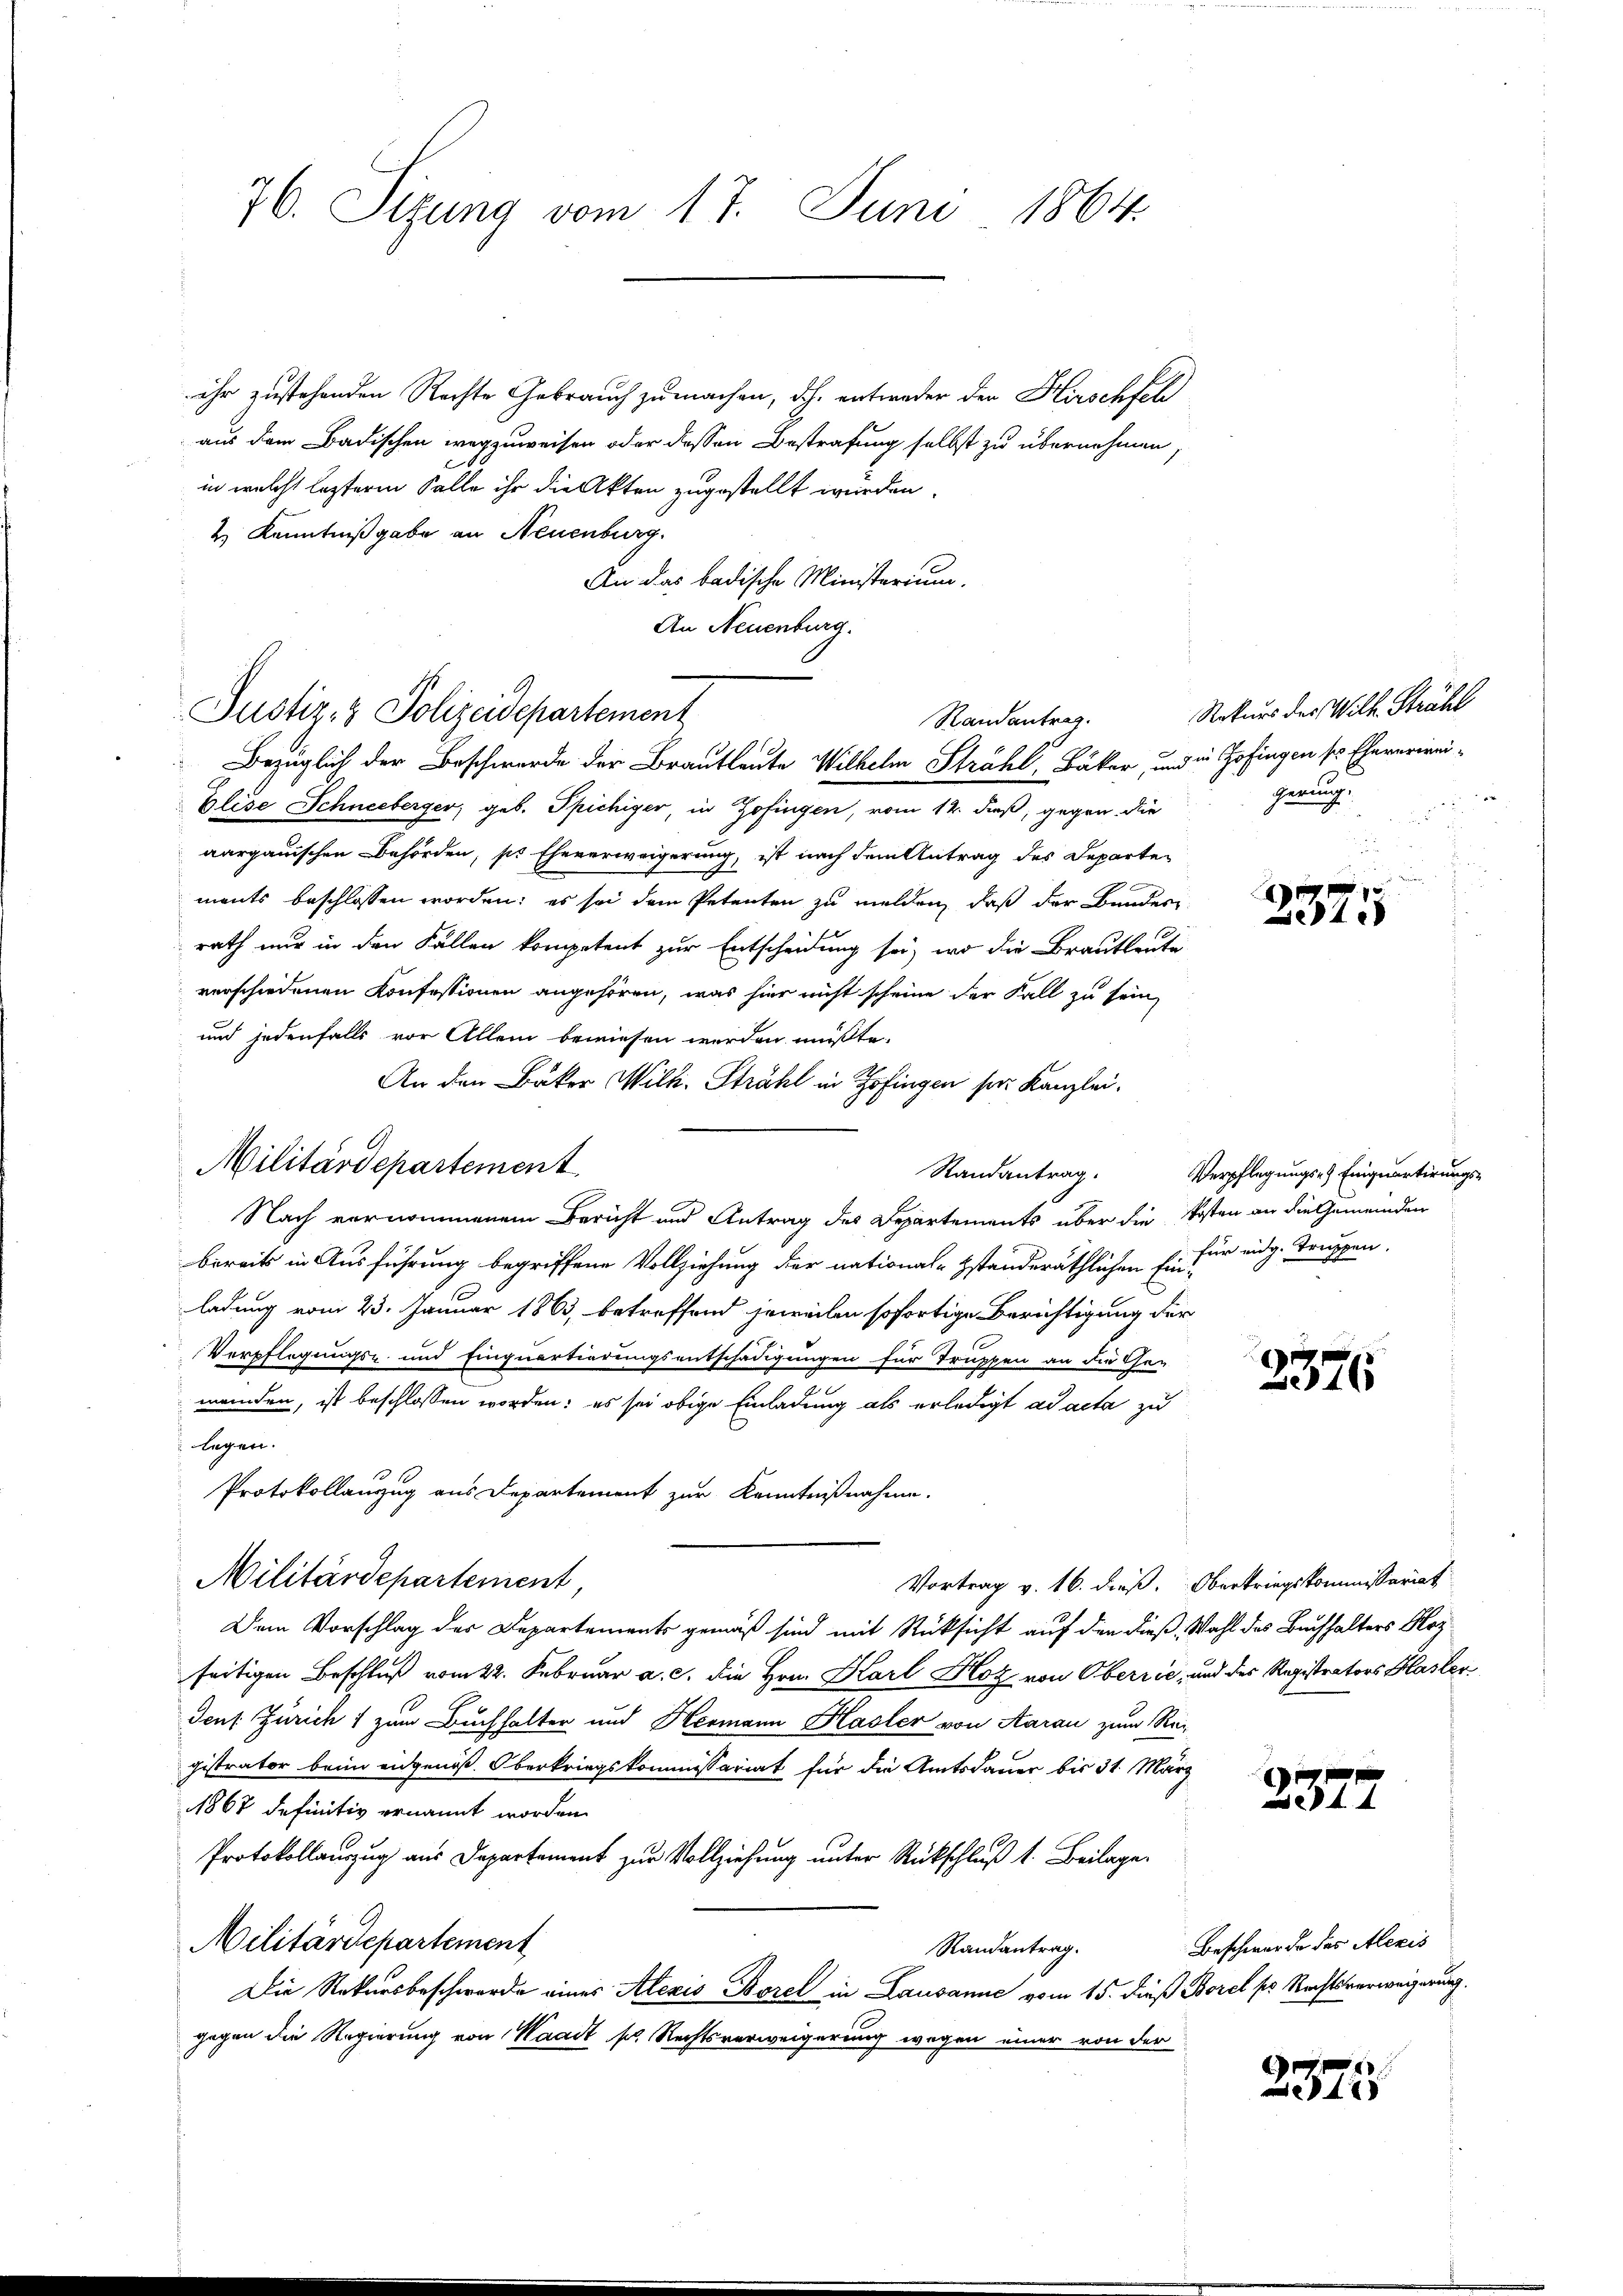
76. Sizung vom 17. Juni 1864.

ihr zustehenden Rechte Gebrauch zu machen, d.h. entweder der Hirschfel
aus dem Badischen wegzuweisen oder dessen Bestrafung selbst zu übernehmen,
in welche lezterm Salle ihr die Akten zugestellt wurden.
 Kenntnißgabe an Neuenburg.
An das badische Ministerium.
An Neuenburg.
Blise Schneeberger, geb. Spichiger, in Zofingen, vom 12. dieß, gegen die
aargauischen Behörden, sie Eheverweigerung, ist nach dem Antrag des Departements beschlossen worden; es sei dem Petenten zu melden, daß der Bundere
rath nur in den Fällen kompetent zur Entscheidung sei, wo die Brautleute
verschiedenen Konfessionen angehören, was hier nicht scheine der Fall zu sein,
und jedenfalls vor Allem bewiesen werden müßte.
An den Bäker Wilh. Strahl in Zofingen sie Kanzlei¬
Randantrag.
Nach vernommenem Bericht und Antrag des Departements über die Kosten an die Gemeinden
bereits in Ausführung begriffene Vollziehung der nationalstanderäthlichen Er für eidg. Truppen.
ladung vom 23. Januar 1863, betreffend jeweilen sofortige Berichtigung der
Verpflegungs- und Einquartierungsentschädigungen für Truppen an die Ge-
menden, ist beschlossen worden; es sei obige Einladung als erledigt ad acta zu
legen.
Protokollanzug aus Departement zur Kenntnißnahme.
Militärdepartement,
Vortrag v. 16. dieß. Oberkriegskommissariat
Dem Vorschlag der Departements gemäß sind mit Rücksicht auf den dieß, Wahl des Buchhalters Hozseitigen Beschluß vom 22. Februar a. c. die Hrn. Karl Hoz von Oberrie, und des Registrators Hasler
Jens Zürich 1 zum Buchhalter und Hermann Hasler von Aarau zum Rei-
gistrator bein eidgenöß. Oberkriegskommissariat für die Amtsdauer bis 31. März
1867 definitiv ernannt worden.
Protokollauszug aus Departement zur Vollziehung unter Rückschluß 1. Beilage
Militärdepartement
Randantrag.
Die Rekursbeschwerde eines Alexis Borel in Lausanne vom 15. dieß
gegen die Regierung von Waadt s. Rechtsverweigerung wegen einer von der

Justiz- & Polizeidepartement
Randantrag.
Bezüglich der Beschwerde der Brautleute Wilhelm Strahl, Bäker, und in Zofingen sr Ehererirei-

Militärdepartement

Rekurs des Will Strahl
gerung.

I
2375

Verpflegungs- & Ennquartirungs¬

3376

2377.

Beschwerde des Alexis
Borel pr Rechtsverweigerung.

2375